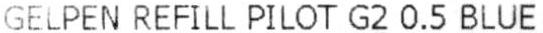
GELPEN REFILL PILOT G2 0.5 BLUE